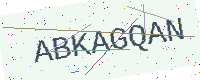
Text: ABKAGQAN